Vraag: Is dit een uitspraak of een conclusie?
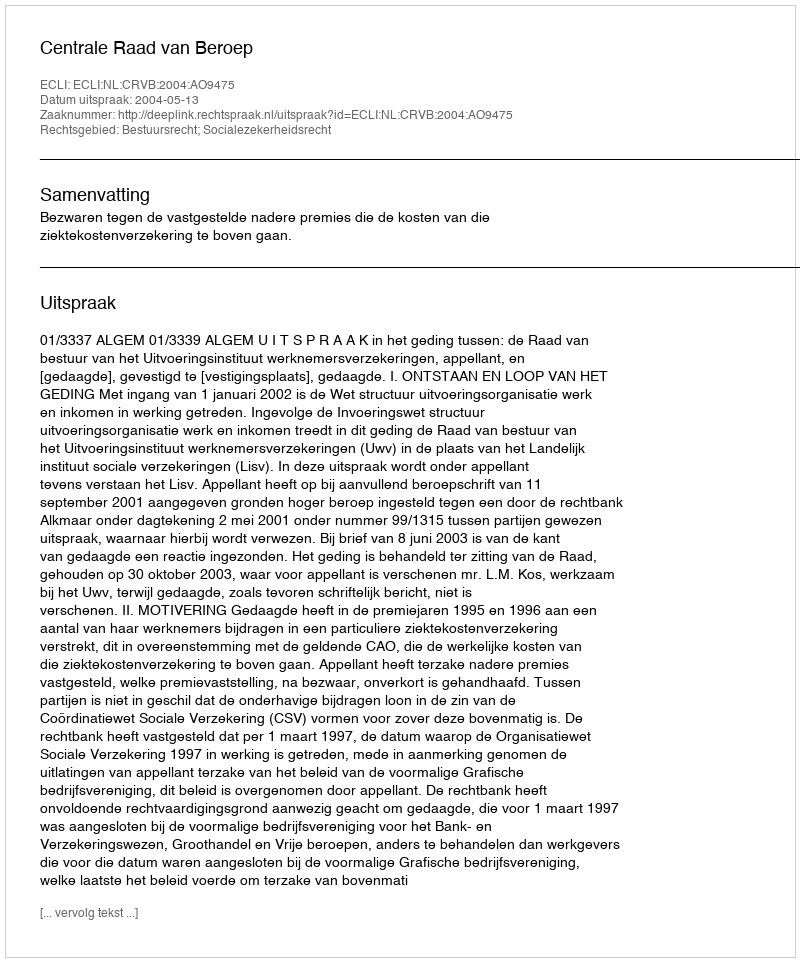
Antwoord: Uitspraak